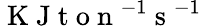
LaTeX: \mathrm{~K~J~t~o~n~}^{-1}\mathrm{~s~}^{-1}